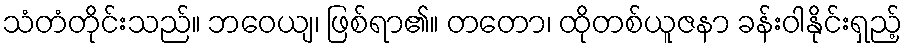
သံတံတိုင်းသည်။ ဘဝေယျ၊ ဖြစ်ရာ၏။ တတော၊ ထိုတစ်ယူဇနာ ခန်းဝါနိုင်းရှည့်